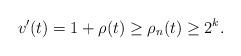
LaTeX: \begin{align*}v'(t) = 1 + \rho(t) \geq \rho_n (t) \geq 2^k.\end{align*}